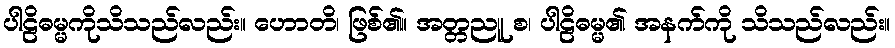
ပါဠိဓမ္မကိုသိသည်လည်း။ ဟောတိ၊ ဖြစ်၏။ အတ္တညူ စ၊ ပါဠိဓမ္မ၏ အနက်ကို သိသည်လည်း။